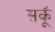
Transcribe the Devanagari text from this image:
सकॅू